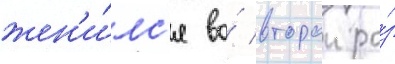
жен'и́лс'я во́ второи ра́з